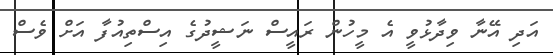
އަދި އޭނާ ވިދާޅުވީ އެ މީހުން ރައީސް ނަޝީދުގެ އިސްތިއުފާ އަށް ވެސް